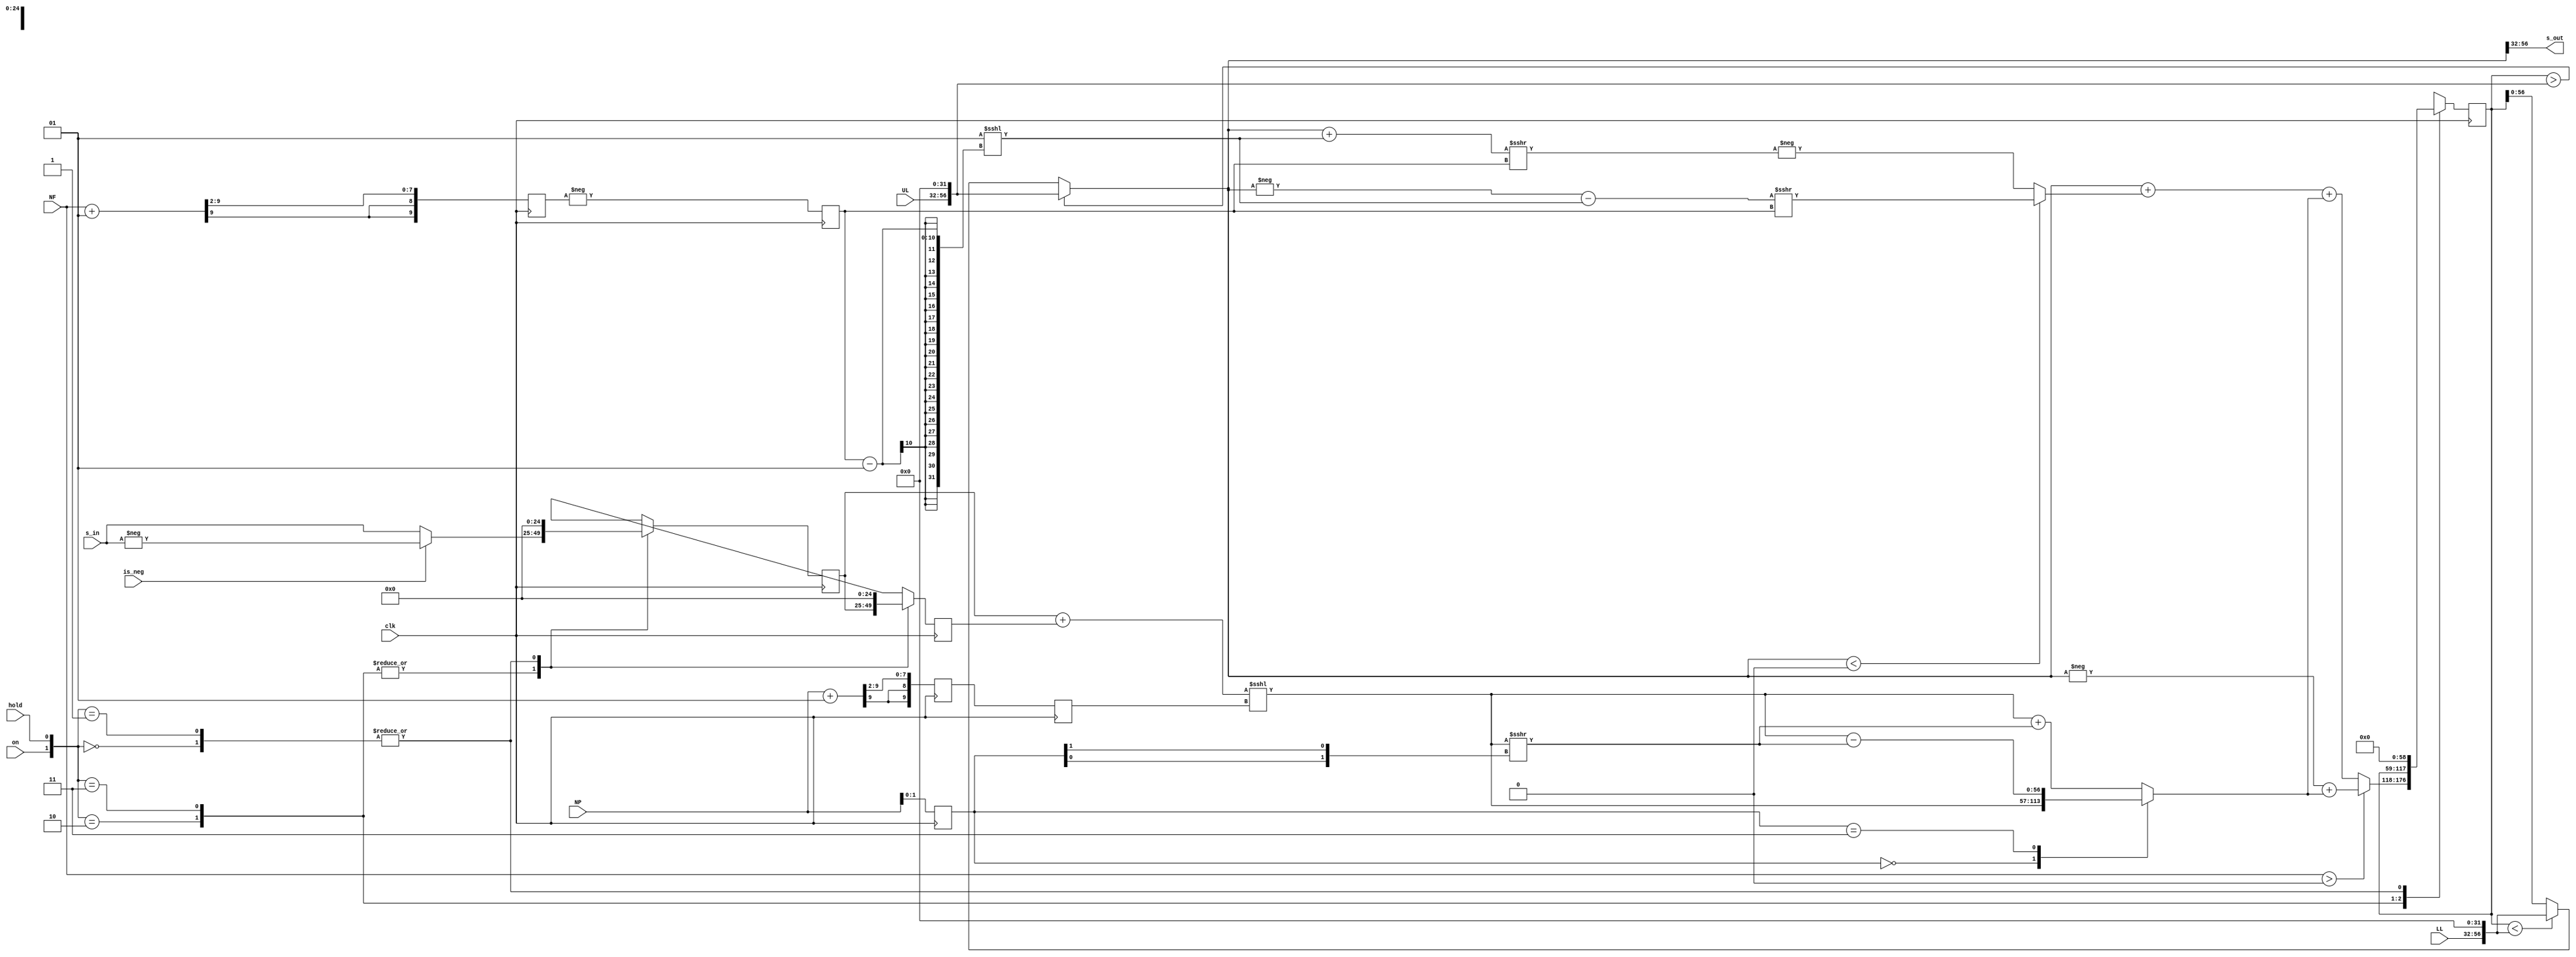
`timescale 1ns / 1ps
//////////////////////////////////////////////////////////////////////////////////
// Module for a 1st order proportional filter with a high frequency cutoff, identical to P1BS, but with 2^N resolution of the high frequency cutoff, which increases timing margin.  
// With reduced resolution on the frequency term, it allows timing margin at 100 MS/s. Used for cavity servos in CavPID_rolloff.
//
// H_PROP(s) = P/(1 + s/wH).
//
// This filter has proportional gain, P = (1+NP[1:0]/4)*2^(NP[9:2])/((1+NF[1:0]/4)*2^(NF[9:2])), [1, 1.25, 1.5, 1.75]*2^N, where N is an integer.
// The fractions are represented by the 2 LSB's of the input bit shifts, i.e., NF = {N(8 bits), Fractional Bits (2 bits)}.
//
// The high-frequency gain cutoff is wF = 2 (2^(NF[9:2]))/(T*(2-(2^(NF[9:2])))).
//
// If -4(SIGNAL_SIZE + FB) < NF <= 0, the filter has a high-frequency cutoff, otherwise the filter is purely integral gain. 
//
// The filter has overflow protection and will hold at LL or UL if the filter exceeds those limits.
//
// Daniel Schussheim and Kurt Gibble
//////////////////////////////////////////////////////////////////////////////////

module P1BS_rolloff#(parameter SIGNAL_SIZE = 25, FB = 32, OVB = 2)(
    // Clock and control signals
    input  wire clk, on, hold, is_neg,
    // Gains
    input  wire signed [9:0] NF, NP,
    // Lower and upper limits
    input  wire signed [SIGNAL_SIZE-1:0] LL, UL,
    // Input and output
    input  wire signed [SIGNAL_SIZE-1:0] s_in,
    output wire signed [SIGNAL_SIZE-1:0] s_out
);

// Function to interpret 2 lsb's as fractional bits representing 0.5 and 0.25.
// Gives [1, 1.25, 1.5, 1.75]*2^N gain precision without using DSP multipliers.
function signed [SIGNAL_SIZE+FB-1:0] bs;
    input        [1:0]                     fb;
    input signed [SIGNAL_SIZE+FB-1:0] in;
        
    begin
        case (fb)
            2'b00:   bs = in                         ;
            2'b11:   bs = in - (in >>> {fb[0],fb[1]});
            default: bs = in + (in >>> {fb[0],fb[1]});           
        endcase
    end
endfunction

// Function to assign new output with limits; if out of range, assign upper/lower limit.
function signed [SIGNAL_SIZE+FB-1:0] newOut;
    input signed [SIGNAL_SIZE+FB+OVB-1:0] in0;
    input signed [SIGNAL_SIZE-1:0] upperLimit, lowerLimit;
    reg   signed [SIGNAL_SIZE+FB+OVB-1:0] UL1, LL1;
    begin
        UL1 = upperLimit <<< FB;
        LL1 = lowerLimit <<< FB;
        if      (in0 > UL1) newOut = UL1[SIGNAL_SIZE+FB-1:0];
        else if (in0 < LL1) newOut = LL1[SIGNAL_SIZE+FB-1:0]; 
        else                 newOut = in0[SIGNAL_SIZE+FB-1:0];
    end
endfunction

// Assign fractional bits and the integer bit shift gain.
reg [1:0] bP;
reg signed [9:0] gF, gP;
always @(posedge clk) begin
    // Fractional bits
    bP <= NP[1:0]; 
    // 2^g part of gain and cutoff frequency
    gF <= (NF + 10'sb1) >>> 2;
    gP <= (NP + 10'sb1) >>> 2;
end

// Combine on and hold into one 2-bit control signal for the enable logic. 
wire [1:0] ONHOLD;
assign ONHOLD = {on, hold};
// Declaration of integer bit shifts
reg signed [9:0] sF, sP;
// Inputs and sum of subsequent inputs.
reg signed [SIGNAL_SIZE-1:0] x0, x1;
wire signed [SIGNAL_SIZE:0] sx;
assign sx = x0 + x1;

// Filter output from one cycle ago
reg  signed [SIGNAL_SIZE+FB-1:0] y1;
// Current filter output.
reg  signed [SIGNAL_SIZE+FB+OVB-1:0] y0; 
// Latest output after the overflow condition is applied.
wire signed [SIGNAL_SIZE+FB-1:0] yNew;

// Limit filter output.
assign yNew = newOut(y0, UL, LL);
assign s_out = yNew[SIGNAL_SIZE+FB-1:FB];

// Calculate IIR terms
wire signed [SIGNAL_SIZE+FB-1:0] 
    y0F, sxP,
    y0F_int0, sxP_int0;
// Frequency term, with rounding.
assign y0F = (yNew<0)?((-yNew-(1<<<(sF-1)))>>>sF):(-((yNew+(1<<<(sF-1)))>>>sF)); // This is a right bit shift, negative sF (positive NF) results in 0 for this term.
// Sum of inputs term for P gain.
assign sxP_int0 = sx<<<sP;
assign sxP = bs(bP, sxP_int0); // Fractional bits

always @(posedge clk) begin
    // Calculate the total bit shift 
    // Flip sign of NF; a more negative NF gives a smaller cut-off frequency.
    sF <= -gF; 
    sP <=  gP;
    // Bit-shift-add to get next filter output from new input and previous inputs and outputs
    case(ONHOLD)
        // If filter is on and not holding:
        2'b10: begin
            // Retain input values. IF for filter sign.
            if (is_neg) x0 <= -s_in;
            else        x0 <=  s_in;
            x1 <= x0;
            ////// GENERATE NEXT OUTPUT \\\\\\\\\\\\
            // a1 = 1-wH*T, 
            // b0 = b1 = P*wH*T/2
            if (NF > 0) y0 <= -yNew       + sxP; // If NF > 0, go to the wH = infinity case i.e. H_PROP(s) = P.
            else        y0 <=  yNew + y0F + sxP; // Otherwise keep the low-frequency cutoff term.
            // Retain old output
            y1 <= yNew;
        end
        // If filter is on and holding:
        2'b11: begin
            // Retain input values. IF for filter sign.
            if (is_neg) x0 <= -s_in;
            else        x0 <=  s_in;
            x1 <= x0;
            y0 <= y0; 
            y1 <= y1;
        end
        // If not on, output zeros
        (2'b00): begin
            x0  <= 'd0;
            x1  <= 'd0;
            y0  <= 'd0;
            y1  <= 'd0;
        end
        (2'b01): begin
            x0  <= 'd0;
            x1  <= 'd0;
            y0  <= 'd0;
            y1  <= 'd0;
        end
    endcase
end
    
endmodule